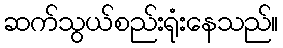
ဆက်သွယ်စည်းရုံးနေသည်။